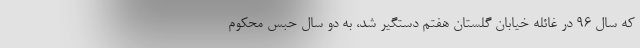
که سال 96 در غائله خیابان گلستان هفتم دستگیر شد، به دو سال حبس محکوم